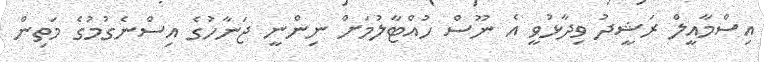
އިސްމާއީލް ރަޝީދު ވިދާޅުވީ އެ ނޫސް ހުއްޓާލުމަށް ނިންނީ ޖަނާހުގެ އިސްނެގުމުގެ މަތިން